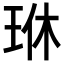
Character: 𪻜